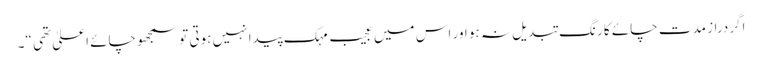
اگردراز مدت چائے کا رنگ تبدیل نہ ہو اور اس میں عجیب مہک پیدا نہیں ہوتی توسمجھوچائے اعلیٰ تھی “۔